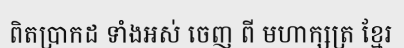
ពិតប្រាកដ ទាំងអស់ ចេញ ពី មហាក្សត្រ ខ្មែរ